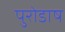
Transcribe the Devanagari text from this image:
पुरोडाष